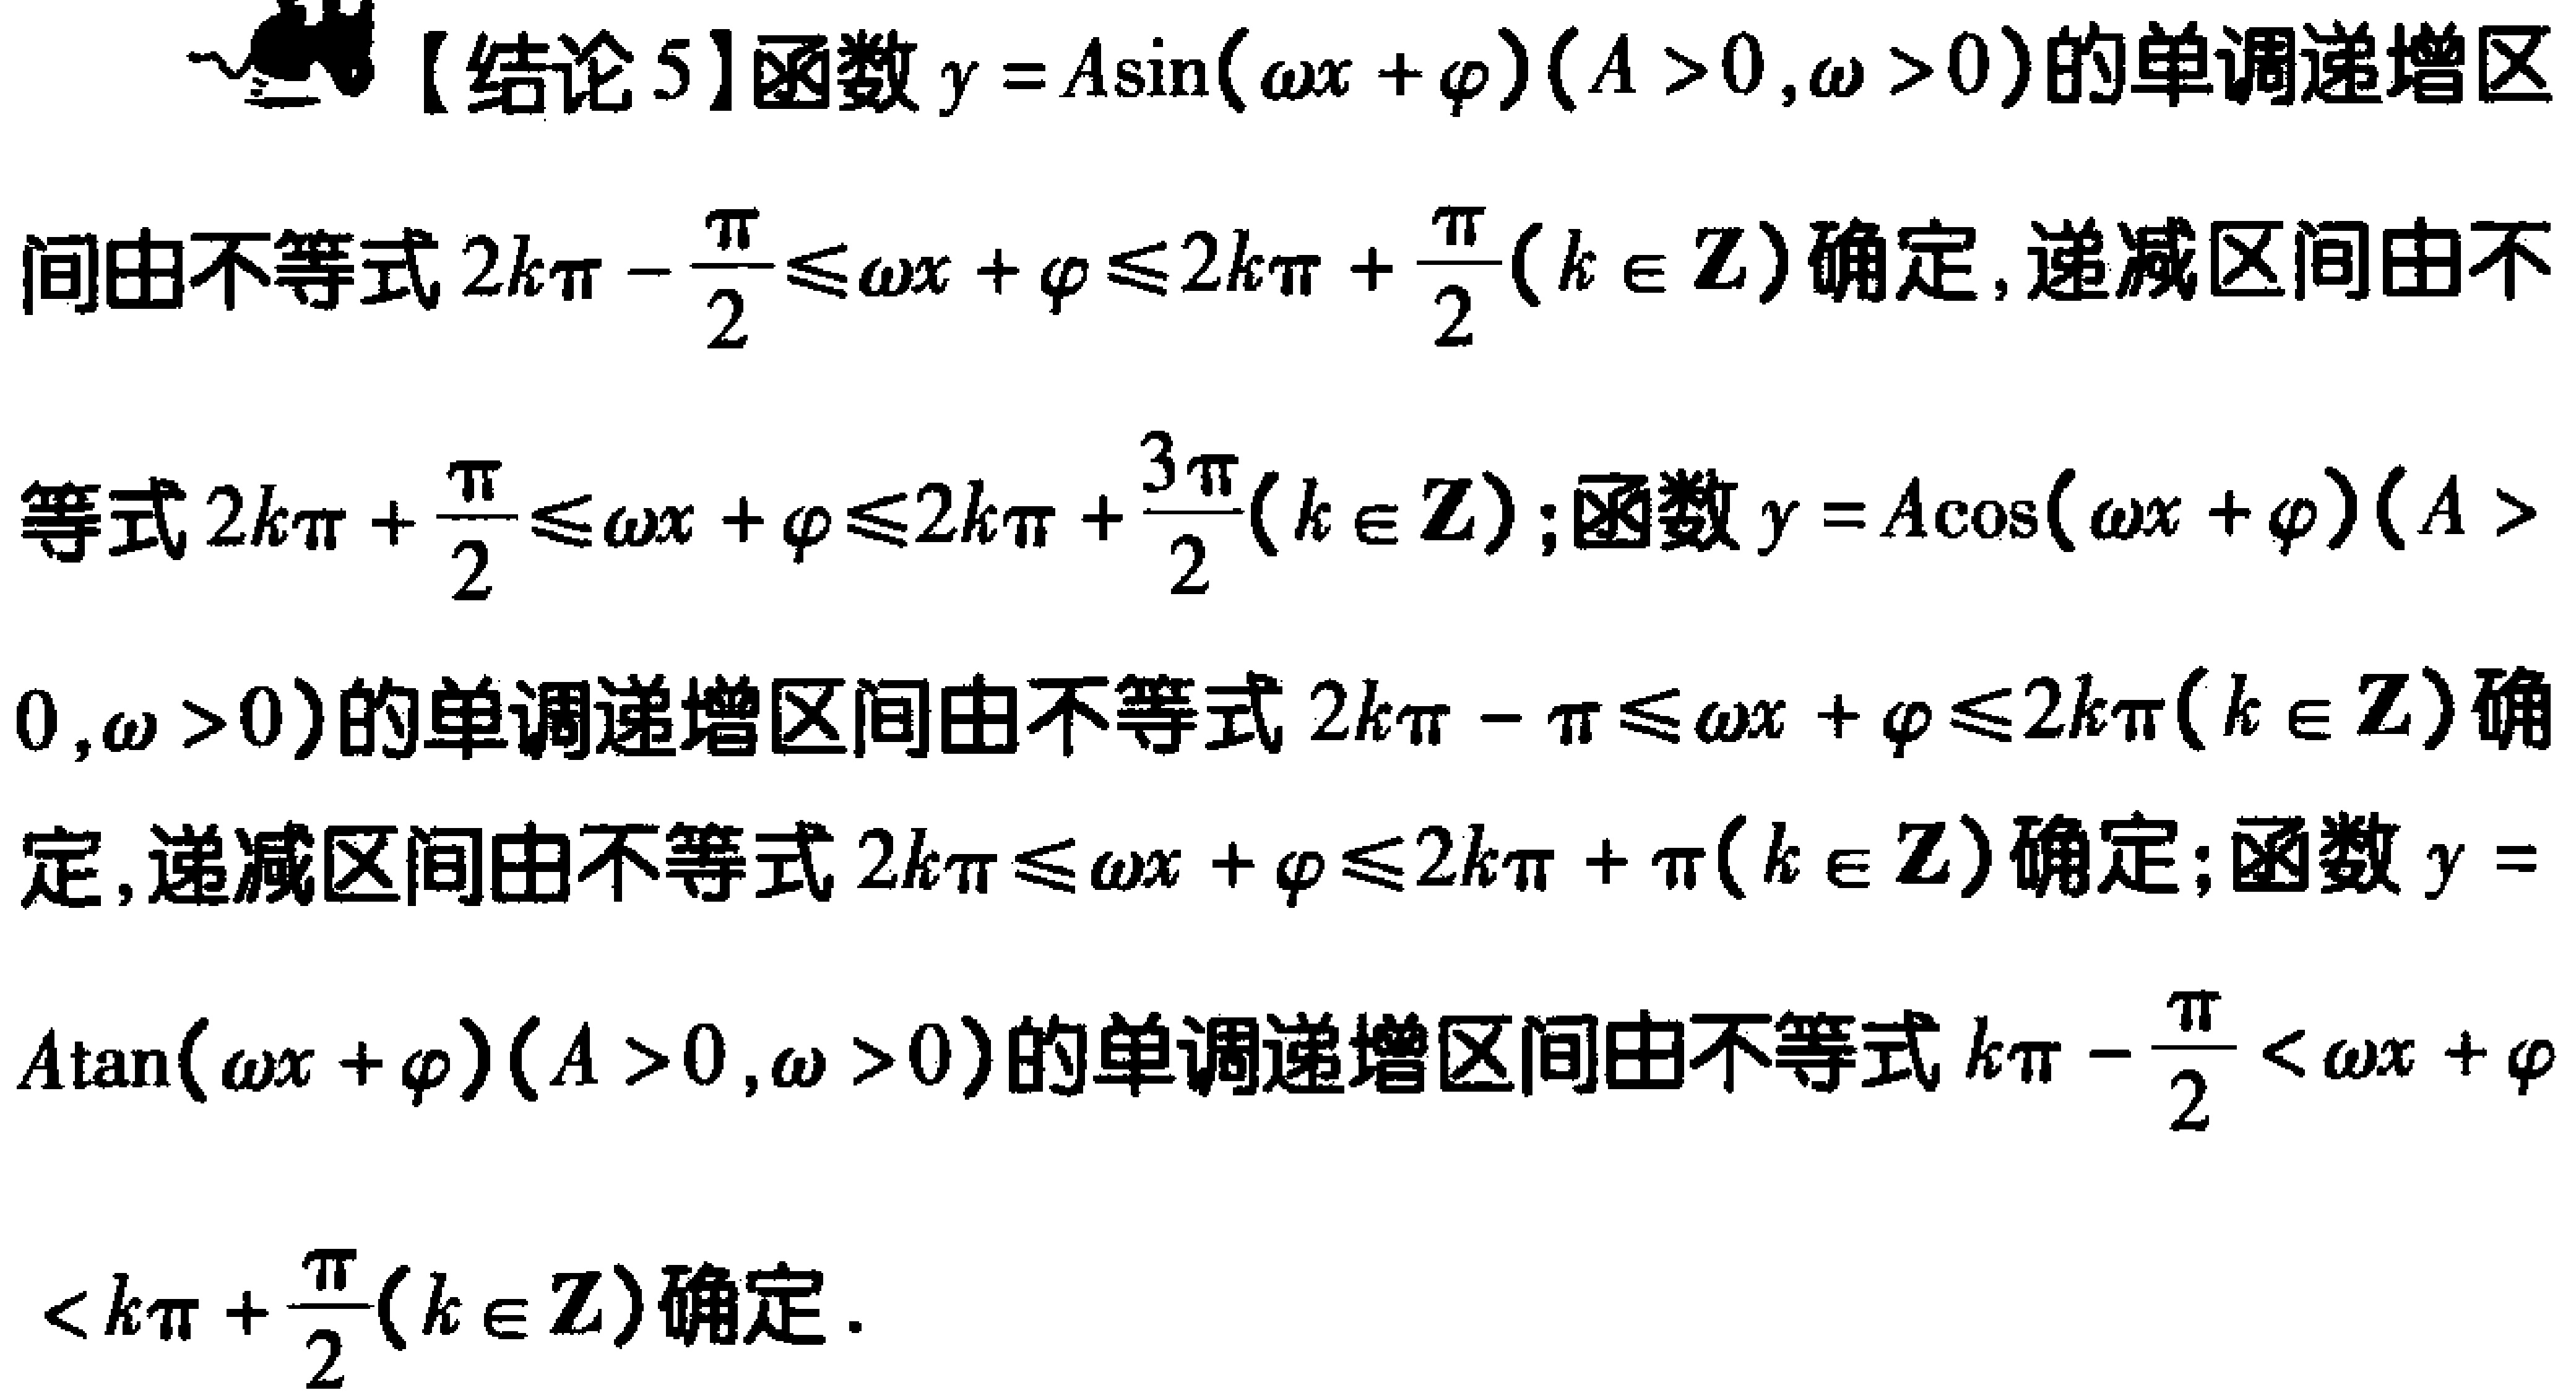
【结论5】函数\(y = A\sin(\omega x+\varphi)(A > 0,\omega > 0)\)的单调递增区间由不等式\(2k\pi-\frac{\pi}{2}\leq\omega x+\varphi\leq2k\pi+\frac{\pi}{2}(k\in\mathbb{Z})\)确定，递减区间由不等式\(2k\pi+\frac{\pi}{2}\leq\omega x+\varphi\leq2k\pi+\frac{3\pi}{2}(k\in\mathbb{Z})\)；函数\(y = A\cos(\omega x+\varphi)(A > 0,\omega > 0)\)的单调递增区间由不等式\(2k\pi-\pi\leq\omega x+\varphi\leq2k\pi(k\in\mathbb{Z})\)确定，递减区间由不等式\(2k\pi\leq\omega x+\varphi\leq2k\pi+\pi(k\in\mathbb{Z})\)确定；函数\(y = A\tan(\omega x+\varphi)(A > 0,\omega > 0)\)的单调递增区间由不等式\(k\pi-\frac{\pi}{2}<\omega x+\varphi<k\pi+\frac{\pi}{2}(k\in\mathbb{Z})\)确定.